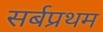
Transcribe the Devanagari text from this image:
सर्बप्रथम